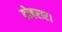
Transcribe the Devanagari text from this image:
दोहराए।